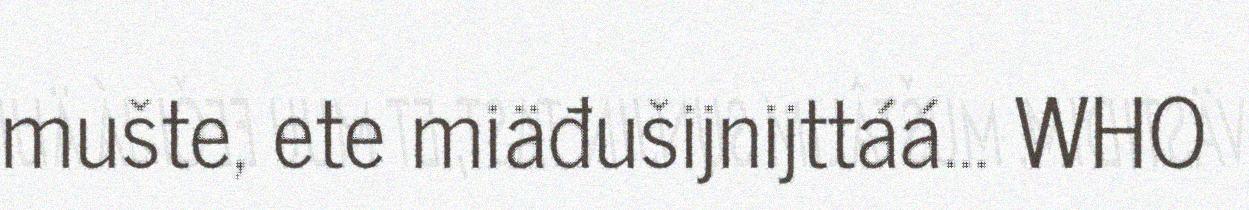
mušte, ete miäđušijnijttáá... WHO